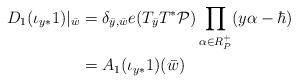
LaTeX: \begin{align*}D_1(\iota_{y*}1)|_{\bar{w}}&=\delta_{\bar{y},\bar{w}}e(T_{\bar{y}}T^*\mathcal{P})\prod\limits_{\alpha\in R^+_P}(y\alpha-\hbar)\\&=A_1(\iota_{y*}1)(\bar{w})\end{align*}